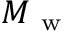
M _ { \mathrm { ~ w ~ } }